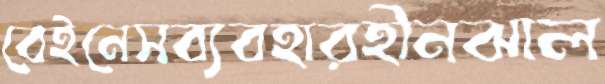
বেইনেসব্যবহারহীনঝাল